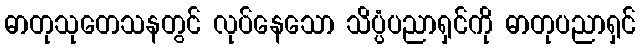
ဓာတုသုတေသနတွင် လုပ်နေသော သိပ္ပံပညာရှင်ကို ဓာတုပညာရှင်